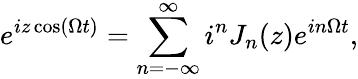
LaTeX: e^{iz\cos(\Omega t)}=\sum_{n=-\infty}^{\infty}i^{n}J_{n}(z)e^{in\Omega t},